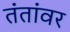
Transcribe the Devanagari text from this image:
तंतांवर